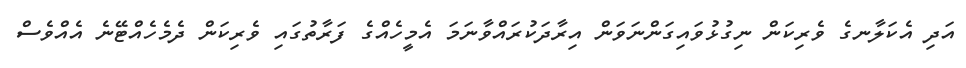
އަދި އެކަލާނގެ ވެރިކަން ނިގުޅުވައިގަންނަވަން އިރާދަކުރައްވާނަމަ އެމީހެއްގެ ފަރާތުގައި ވެރިކަން ދެމެހެއްޓޭނެ އެއްވެސް